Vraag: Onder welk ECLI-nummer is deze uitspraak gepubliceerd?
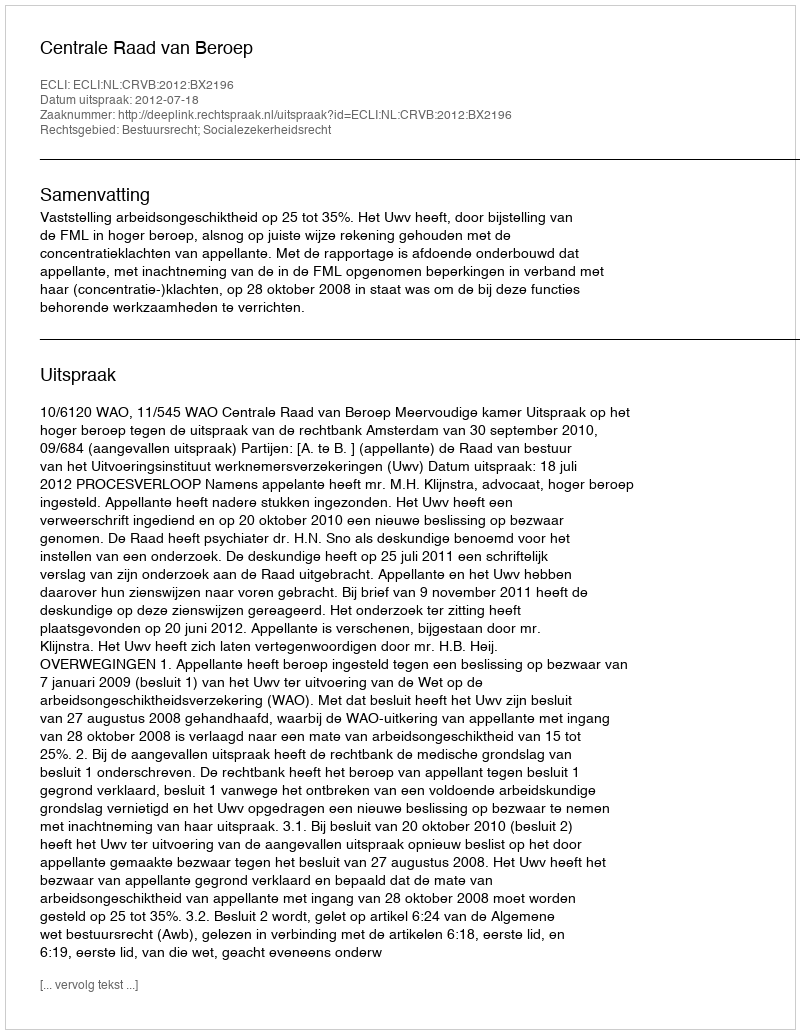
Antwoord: ECLI:NL:CRVB:2012:BX2196